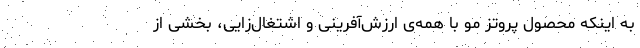
به اینکه محصول پروتز مو با همه‌ی ارزش‌آفرینی و اشتغال‌زایی، بخشی از